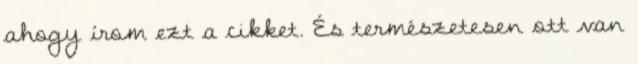
ahogy írom ezt a cikket. És természetesen ott van